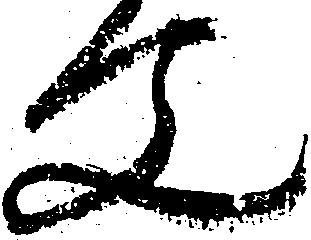
文